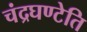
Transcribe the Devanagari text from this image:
चंद्रघण्टेति